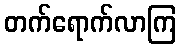
တက်ရောက်လာကြ